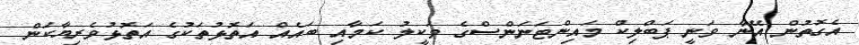
އެގޮތުން އޭނާ ވަނީ ޕަބްލިކް މައިންޓަނަންސްގެ ވަކީލު ކަމާއި ބައެއް އަތޮޅުތަކުގެ އަތޮޅުވެރިޔާކަން